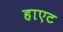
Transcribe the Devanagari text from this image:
हाएट